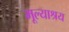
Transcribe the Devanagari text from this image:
मूल्याश्रय